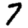
Digit: 7